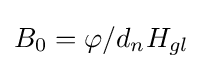
B_{0}=\varphi /d_{n}H_{gl}